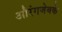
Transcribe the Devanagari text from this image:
औरंगजेबके